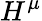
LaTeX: H^{\mu}